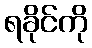
ရခိုင်ကို